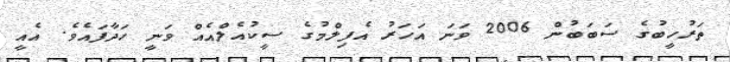
ތަރުހީބުގެ ސަބަބުން 2006 ވަނަ އަހަރު އެފިލްމުގެ ސީކުއެލްއެއް ވަނީ ހަދާފައެވެ. އެއީ